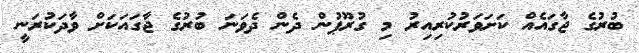
ބުރުގެ ޖާގައެއް ކަށަވަރުކުރިއިރު މި ގުރޫޕުން ދެން ދެވަނަ ބުރުގެ ޖާގައަކަށް ވާދަކުރަނީ